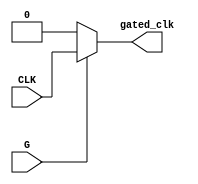
module clock_gating (
    input wire CLK,        // Main clock signal
    input wire G,         // Gating signal
    output wire gated_clk  // Gated clock output
);

// Internal wire for inverted gating signal
wire G_inv;

// Invert the gating signal
assign G_inv = ~G;

// PMOS transistor model for clock gating
// When G is high, the PMOS is on, allowing CLK to pass through
assign gated_clk = (G) ? CLK : 1'b0; // PMOS behavior

// Alternatively, if using NMOS for clock gating
// assign gated_clk = (G_inv) ? CLK : 1'b0; // NMOS behavior

endmodule